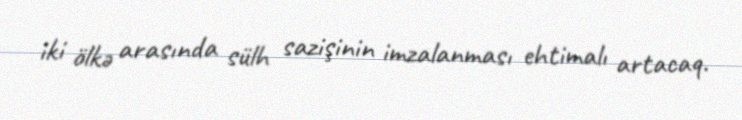
iki ölkə arasında sülh sazişinin imzalanması ehtimalı artacaq.